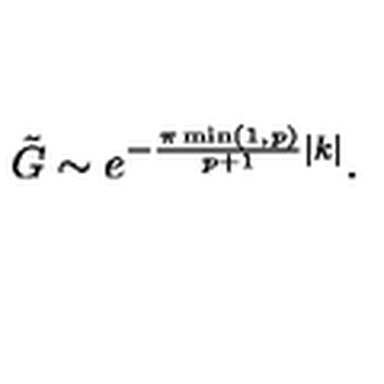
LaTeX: \displaystyle \tilde { G } \sim e ^ { - \frac { \pi \min ( 1 , p ) } { p + 1 } | k | } .